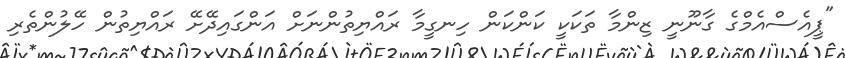
"ޕީއެސްއެމްގެ ގާނޫނީ ޒިންމާ ތަކަކީ ކަންކަން ހިނގީމާ ރައްޔިތުންނަށް އަންގައިދޭށޭ ރައްޔިތުން ހޭލުންތެރި